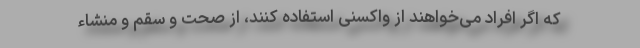
که اگر افراد می‌خواهند از واکسنی استفاده کنند، از صحت و سقم و منشاء